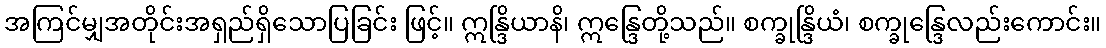
အကြင်မျှအတိုင်းအရှည်ရှိသောပြခြင်း ဖြင့်။ ဣန္ဒြိယာနိ၊ ဣန္ဒြေတို့သည်။ စက္ခုန္ဒြိယံ၊ စက္ခုန္ဒြေလည်းကောင်း။